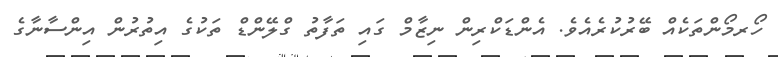
ހޯރމޯންތަކެއް ބޭރުކުރެއެވެ. އެންޑަކްރިން ނިޒާމް ގައި ތަފާތު ގްލޭންޑް ތަކުގެ އިތުރުން އިންސާނާގެ